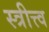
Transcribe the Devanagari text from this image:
स्त्रीत्त्व